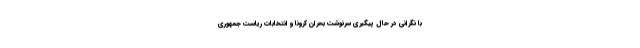
با نگرانی در حال پیگیری سرنوشت بحران کرونا و انتخابات ریاست جمهوری